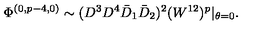
\Phi ^ { ( 0 , p - 4 , 0 ) } \sim ( D ^ { 3 } D ^ { 4 } \bar { D } _ { 1 } \bar { D } _ { 2 } ) ^ { 2 } ( W ^ { 1 2 } ) ^ { p } \vert _ { \theta = 0 } .